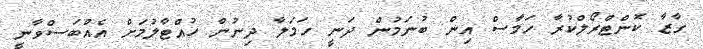
ގާޒާ ކޮންޓްރޯލްކުރާ ހަމާސް އިން ބުނަމުން ދަނީ ހަމަލާ ދިނުން ހުއްޓާލުމަށް އެއްބަސްވާނީ